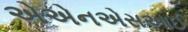
એએનએસઆઈ